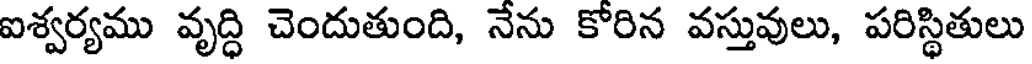
ఐశ్వర్యము వృద్ధి చెందుతుంది, నేను కోరిన వస్తువులు, పరిస్థితులు